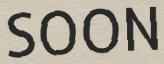
SOON